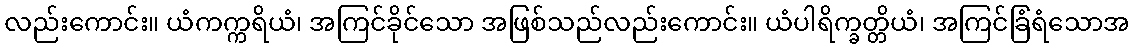
လည်းကောင်း။ ယံကက္ကရိယံ၊ အကြင်ခိုင်သော အဖြစ်သည်လည်းကောင်း။ ယံပါရိက္ခတ္တိယံ၊ အကြင်ခြံရံသောအ